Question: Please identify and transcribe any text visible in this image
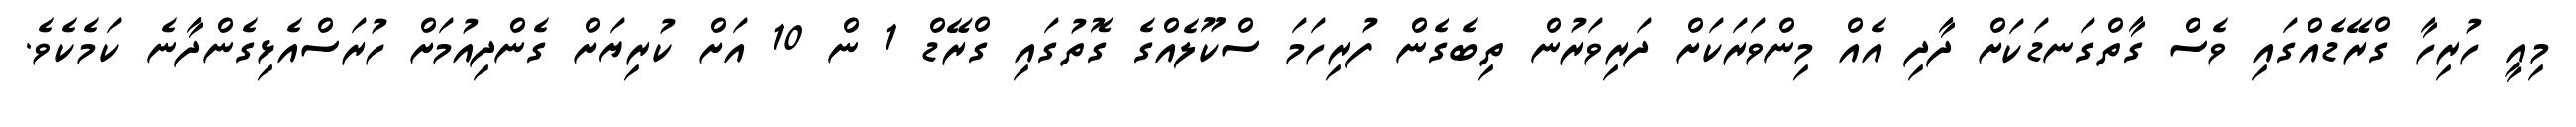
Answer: މިއީ ހުރިހާ ގްރޭޑެއްގައި ވެސް ގާތްގަނޑަކަށް ދާދި އެއް މިންވަރަކަށް ދަރިވަރުން ތިބެގެން ފުރިހަމަ ސްކޫލެއްގެ ގޮތުގައި ގްރޭޑް 1 ން 10 އަށް ކުރިޔަށް ގެންދިއުމަށް ހުރަސްއެޅިގެންދާނެ ކަމެކެވެ.